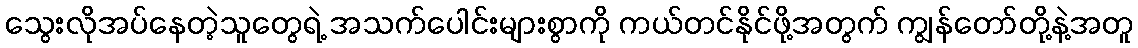
သွေးလိုအပ်နေတဲ့သူတွေရဲ့ အသက်ပေါင်းများစွာကို ကယ်တင်နိုင်ဖို့အတွက် ကျွန်တော်တို့နဲ့အတူ